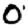
Digit: 0